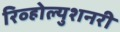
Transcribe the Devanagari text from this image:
रिव्होल्युशनरी